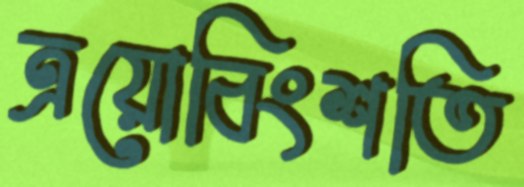
ত্রয়োবিংশতি